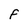
Character: F